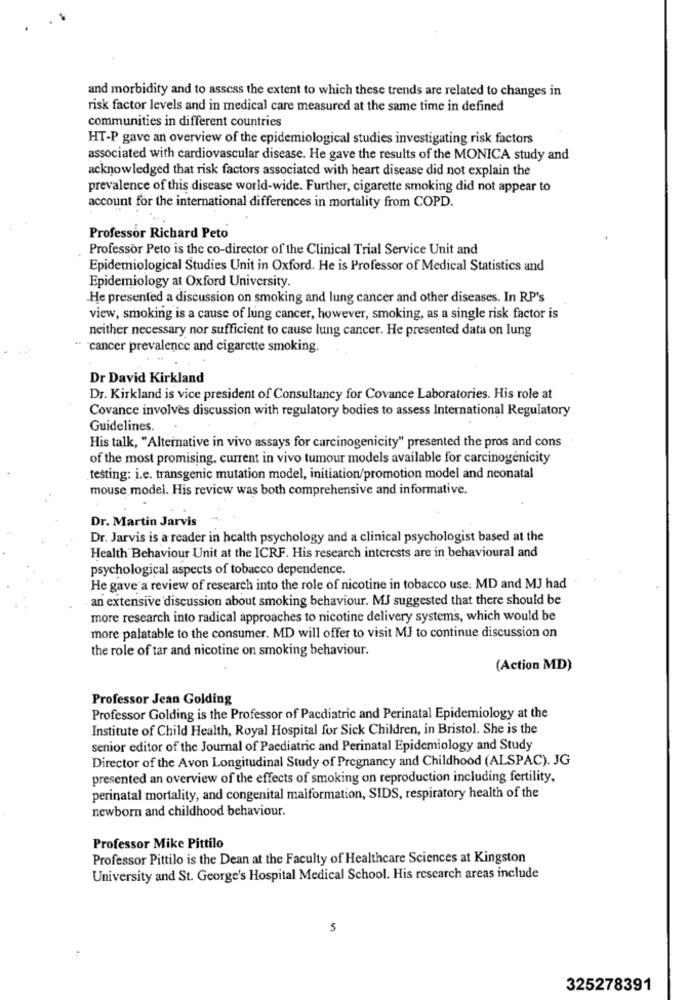
and morbidity and to assess the extent to which these trends are related to changes in
risk factor levels and in medical care measured at the same time in defined
communities in different countries
HT-P gave an overview of the epidemiological studies investigating risk factors
associated with cardiovascular disease. He gave the results of the MONICA study and
acknowledged that risk factors associated with heart disease did not explain the
prevalence of this disease world-wide. Further, cigarette smoking did not appear to
account for the international differences in mortality from COPD.
Professor Richard Peto
Professor Peto is the co-director of the Clinical Trial Service Unit and
Epidemiological Studies Unit in Oxford. He is Professor of Medical Statistics and
Epidemiology at Oxford University.
He presented a discussion on smoking and lung cancer and other diseases. In RP's
view, smoking is a cause of lung cancer, however, smoking, as a single risk factor is
neither necessary nor sufficient to cause lung cancer. He presented data on lung
cancer prevalence and cigarette smoking.
Dr David Kirkland
Dr. Kirkland is vice president of Consultancy for Covance Laboratories. His role at
Covance involves discussion with regulatory bodies to assess International Regulatory
Guidelines.
His talk, "Alternative in vivo assays for carcinogenicity" presented the pros and cons
of the most promising, current in vivo tumour models available for carcinogenicity
testing: i.e. transgenic mutation model, initiation/promotion model and neonatal
mouse model. His review was both comprehensive and informative.
Dr. Martin Jarvis
Dr. Jarvis is a reader in health psychology and a clinical psychologist based at the
Health Behaviour Unit at the ICRF. His research interests are in behavioural and
psychological aspects of tobacco dependence.
He gave a review of research into the role of nicotine in tobacco use: MD and MJ had
an extensive discussion about smoking behaviour. MJ suggested that there should be
more research into radical approaches to nicotine delivery systems, which would be
more palatable to the consumer. MD will offer to visit MJ to continue discussion on
the role of tar and nicotine on smoking behaviour.
(Action MD)
Professor Jean Golding
Professor Golding is the Professor of Pacdiatric and Perinatal Epidemiology at the
Institute of Child Health, Royal Hospital for Sick Children, in Bristol. She is the
senior editor of the Journal of Paediatric and Perinatal Epidemiology and Study
Director of the Avon Longitudinal Study of Pregnancy and Childhood (ALSPAC). JG
presented an overview of the effects of smoking on reproduction including fertility,
perinatal mortality, and congenital malformation, SIDS, respiratory health of the
newborn and childhood behaviour.
Professor Mike Pittilo
Professor Pittilo is the Dean at the Faculty of Healthcare Sciences at Kingston
University and St. George's Hospital Medical School. His research areas include
325278391